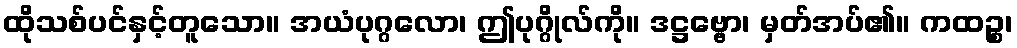
ထိုသစ်ပင်နှင့်တူသော။ အယံပုဂ္ဂလော၊ ဤပုဂ္ဂိုလ်ကို။ ဒဋ္ဌဗ္ဗော၊ မှတ်အပ်၏။ ကထဉ္စ၊